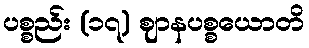
ပစ္စည်း (၁၇) ဈာနပစ္စယောတိ